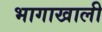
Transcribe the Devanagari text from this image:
भागाखाली